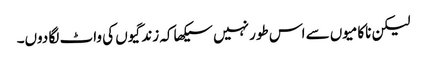
لیکن ناکامیوں سے اس طور نہیں سیکھا کہ زندگیوں کی واٹ لگا دوں۔